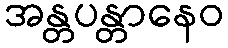
အန္တပန္တာနေဝ